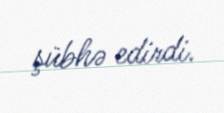
şübhə edirdi.